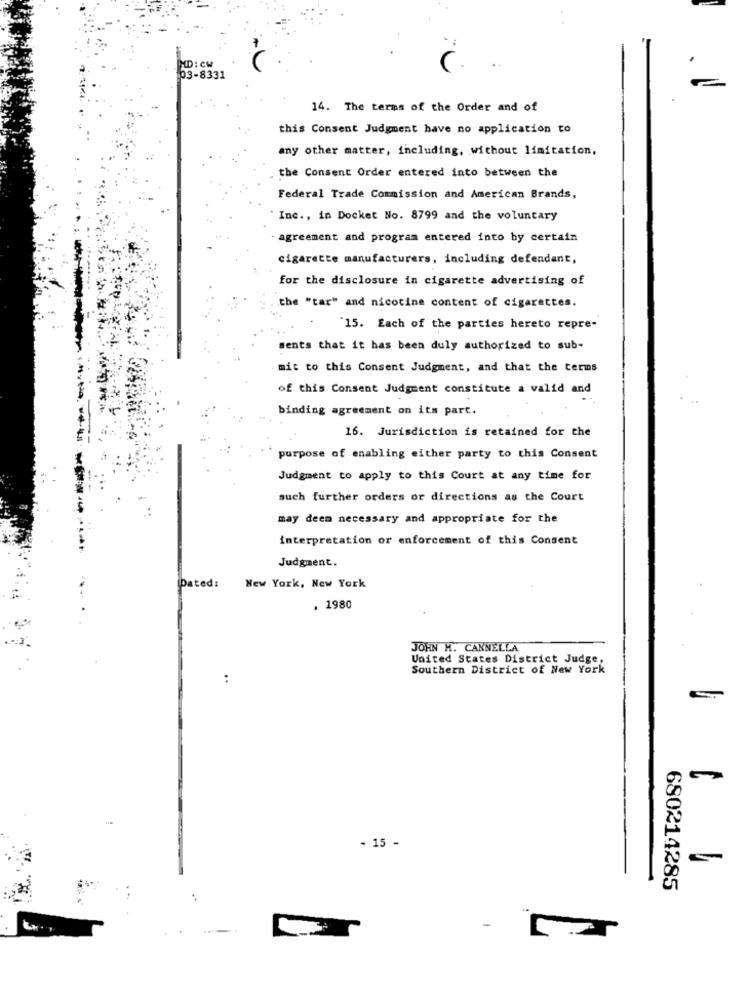
MD : CW
03-8331
14. The terms of the Order and of
this Consent Judgment have no application to
any other matter, including, without limitation,
the Consent Order entered into between the
Federal Trade Commission and American Brands,
" Inc ., in Docket No. 8799 and the voluntary
agreement and program entered into by certain
cigarette manufacturers, including defendant,
for the disclosure in cigarette advertising of
the "tar" and nicotine content of cigarettes.
"15. Each of the parties hereto repre-
ments that it has been duly authorized to sub-
mit to this Consent Judgment, and that the terms
of this Consent Judgment constitute a valid and
binding agreement on its part.
16. Jurisdiction is retained for the
purpose of enabling either party to this Consent
Judgment to apply to this Court at any time for
such further orders or directions as the Court
-----
may deen necessary and appropriate for the
interpretation or enforcement of this Consent
Judgment.
Dated:
New York, New York
. 1980
JOHN H. CANNELLA
United States District Judge,
Southern District of New York
:
- 15 -
680214285
- 1